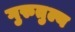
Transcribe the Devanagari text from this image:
गुरुतुल्य